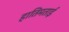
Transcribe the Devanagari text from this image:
हातिमताई